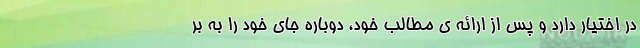
در اختیار دارد و پس از ارائه ی مطالب خود، دوباره جای خود را به بر